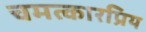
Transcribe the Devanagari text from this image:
चमत्कारप्रिय